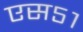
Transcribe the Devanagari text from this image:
एस५१